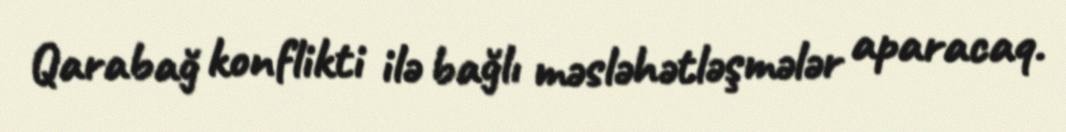
Qarabağ konflikti ilə bağlı məsləhətləşmələr aparacaq.